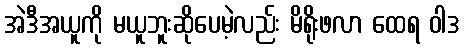
အဲဒီအယူကို မယူဘူးဆိုပေမဲ့လည်း မိရိုးဖလာ ထေရ ဝါဒ